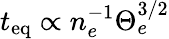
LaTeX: t_{\mathrm{eq}}\propto n_{e}^{-1}\Theta_{e}^{3/2}